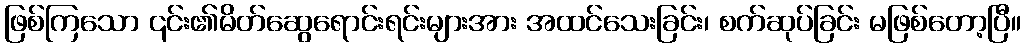
ဖြစ်ကြသော ၎င်း၏မိတ်ဆွေရောင်းရင်းများအား အထင်သေးခြင်း၊ စက်ဆုပ်ခြင်း မဖြစ်တော့ပြီ။